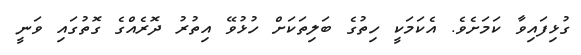
ގުޅިފައިވާ ކަމަށެވެ. އެކަމަކީ ހިތުގެ ބަލިތަކަށް ހުޅުވޭ އިތުރު ދޮރެއްގެ ގޮތުގައި ވަނީ